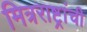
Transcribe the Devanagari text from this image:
मित्रराष्ट्रांची